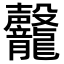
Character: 𪚣